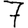
Digit: 7